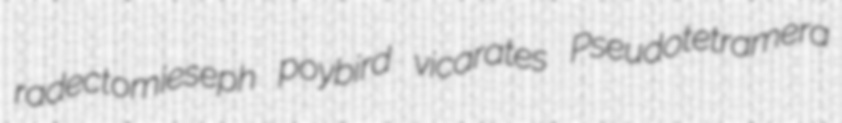
radectomieseph poybird vicarates Pseudotetramera